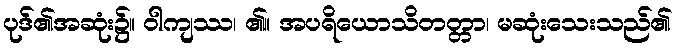
ပုဒ်၏အဆုံး၌။ ဝါကျဿ၊ ၏။ အပရိယောသိတတ္တာ၊ မဆုံးသေးသည်၏